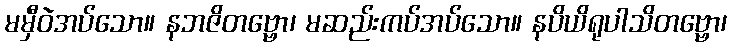
မမှီဝဲအပ်သော။ နဘဇိတဗ္ဗော၊ မဆည်းကပ်အပ်သော။ နပိယိရုပါသိတဗ္ဗော၊